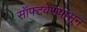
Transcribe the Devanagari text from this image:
सॉफ्टवेरापासून